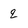
Character: q